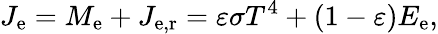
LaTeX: J_{\mathrm{e}}=M_{\mathrm{e}}+J_{\mathrm{e,r}}=\varepsilon\sigma T^{4}+(1-\varepsilon)E_{\mathrm{e}},